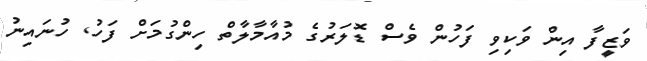
ވަޒީފާ އިން ވަކިވި ފަހުން ވެސް ޑޮލަރުގެ މުއާމާލާތް ހިންގުމަށް ފަހު